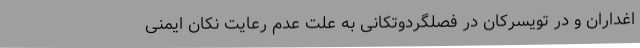
اغداران و در تویسرکان در فصلگردوتکانی به علت عدم رعایت نکان ایمنی